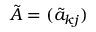
\tilde { A } = ( \tilde { a } _ { k j } )